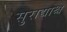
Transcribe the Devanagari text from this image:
सुराद्याश्च